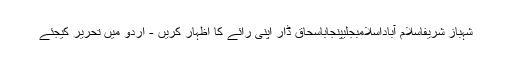
شہباز شریفاسلام آباداسلامبجلیپنجاباسحاق ڈار اپنی رائے کا اظہار کریں - اُردو میں تحریر کیجئے